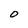
Character: O